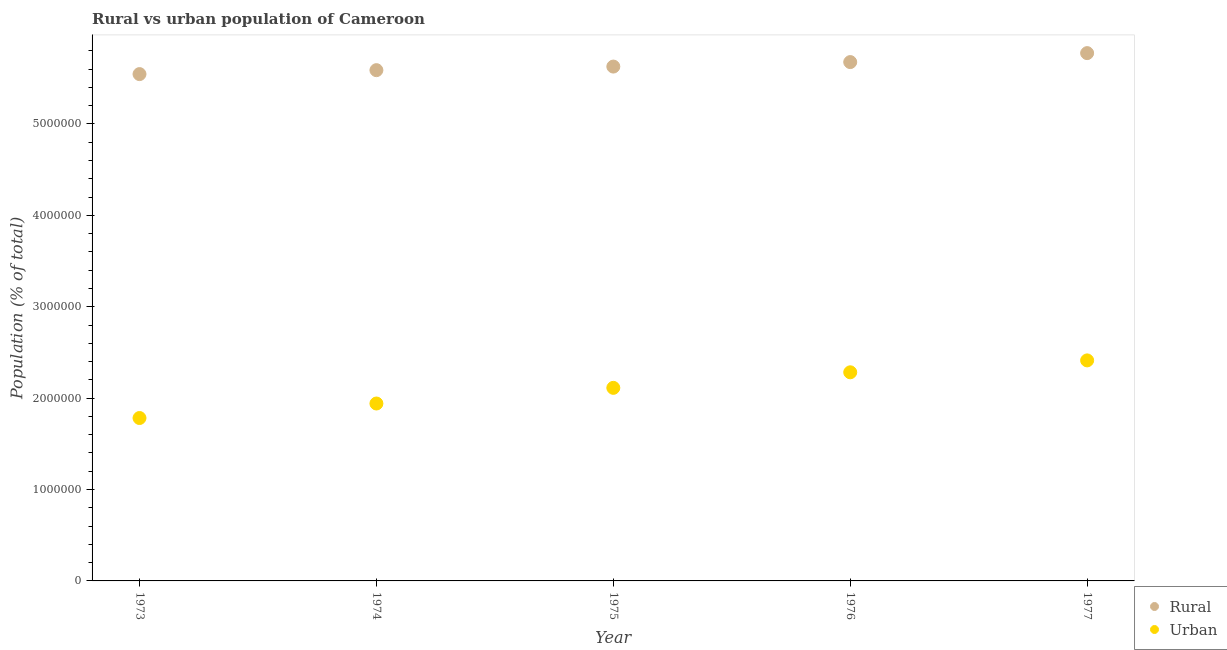
| Year | Rural | Urban |
 | --- | --- | --- |
 | 1973 | 5.55e+06 | 1.78e+06 |
 | 1974 | 5.59e+06 | 1.94e+06 |
 | 1975 | 5.63e+06 | 2.11e+06 |
 | 1976 | 5.68e+06 | 2.28e+06 |
 | 1977 | 5.77e+06 | 2.41e+06 |